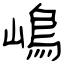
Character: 嶋